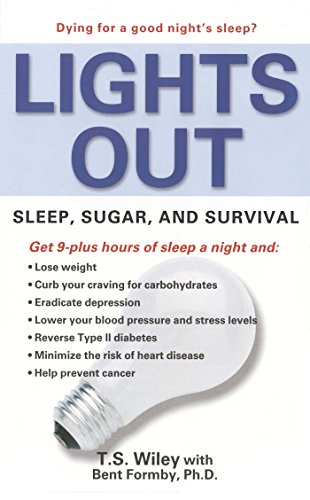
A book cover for Lights Out: Sleep, Sugar, and Survival; T. S. Wiley; Health, Fitness & Dieting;